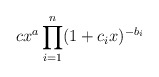
\begin{align*}cx^a \prod_{i=1}^n(1 +c_ix)^{-b_i}\end{align*}